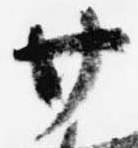
廿